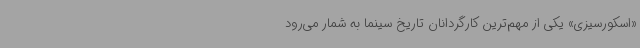
«اسکورسیزی» یکی از مهم‌ترین کارگردانان تاریخ سینما به شمار می‌رود